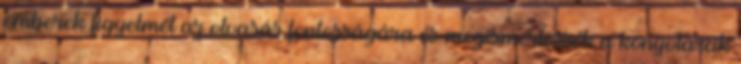
emberek figyelmét az olvasás fontosságára és megismertessék a könyvtárak